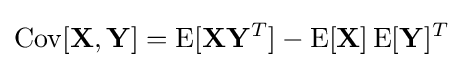
\operatorname {Cov} [\mathbf {X} ,\mathbf {Y} ]=\operatorname {E} [\mathbf {X} \mathbf {Y} ^{T}]-\operatorname {E} [\mathbf {X} ]\operatorname {E} [\mathbf {Y} ]^{T}